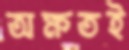
অক্ষতই